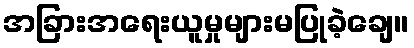
အခြားအရေးယူမှုများမပြုခဲ့ချေ။